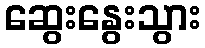
ဆွေးနွေးသွား